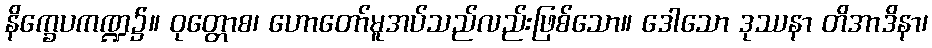
နိက္ခေပကဏ္ဍ၌။ ဝုတ္တောစ၊ ဟောတော်မူအပ်သည်လည်းဖြစ်သော။ ဒေါသော ဒုဿနာ တိအာဒိနာ၊